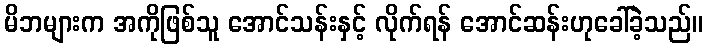
မိဘများက အကိုဖြစ်သူ အောင်သန်းနှင့် လိုက်ရန် အောင်ဆန်းဟုခေါ်ခဲ့သည်။